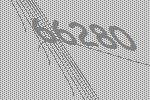
66280